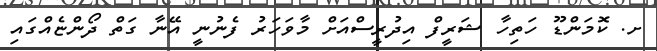
ށ. ކޮމަންޑޫ ހަތިހާ ޝަރީފް އިދުރީސްއަށް މާވަހަރު ފެނުނީ އޭނާ ގަތް ދޯންޏެއްގައި